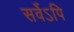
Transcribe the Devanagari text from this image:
सर्वेऽपि